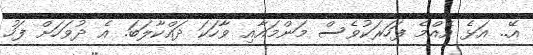
އޭ.. އަޅެ އެއްމެ ފަހަރަކުވެސް މަންމައާއި ވާހަކަ ދައްކާލަބަ. އެ ދުވަހަށް ފަހު